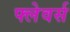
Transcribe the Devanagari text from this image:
फ्लेवर्स